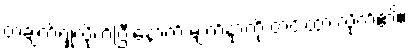
တချက်ရှုံ့လိုက်ပြီးနောက် မျက်နှာကို တင်းထားလိုက်၏။